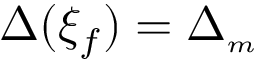
\Delta ( \xi _ { f } ) = \Delta _ { { \scriptscriptstyle m } }